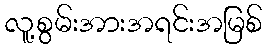
လူ့စွမ်းအားအရင်းအမြစ်